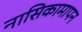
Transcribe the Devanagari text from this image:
नासिकामापन